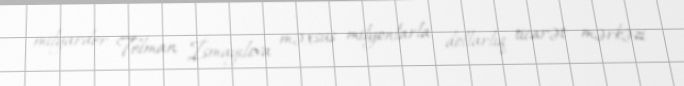
milyarder Telman İsmayılova məxsus milyonlarla dollarlıq ticarət mərkəzi